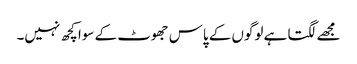
مجھے لگتا ہے لوگوں کے پاس جھوٹ کے سوا کچھ نہیں۔